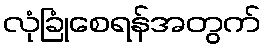
လုံခြုံစေရန်အတွက်